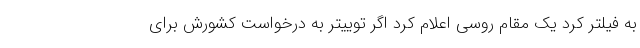
به فیلتر کرد یک مقام روسی اعلام کرد اگر توییتر به درخواست کشورش برای